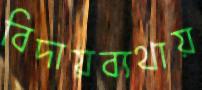
বিদায়ব্যথায়